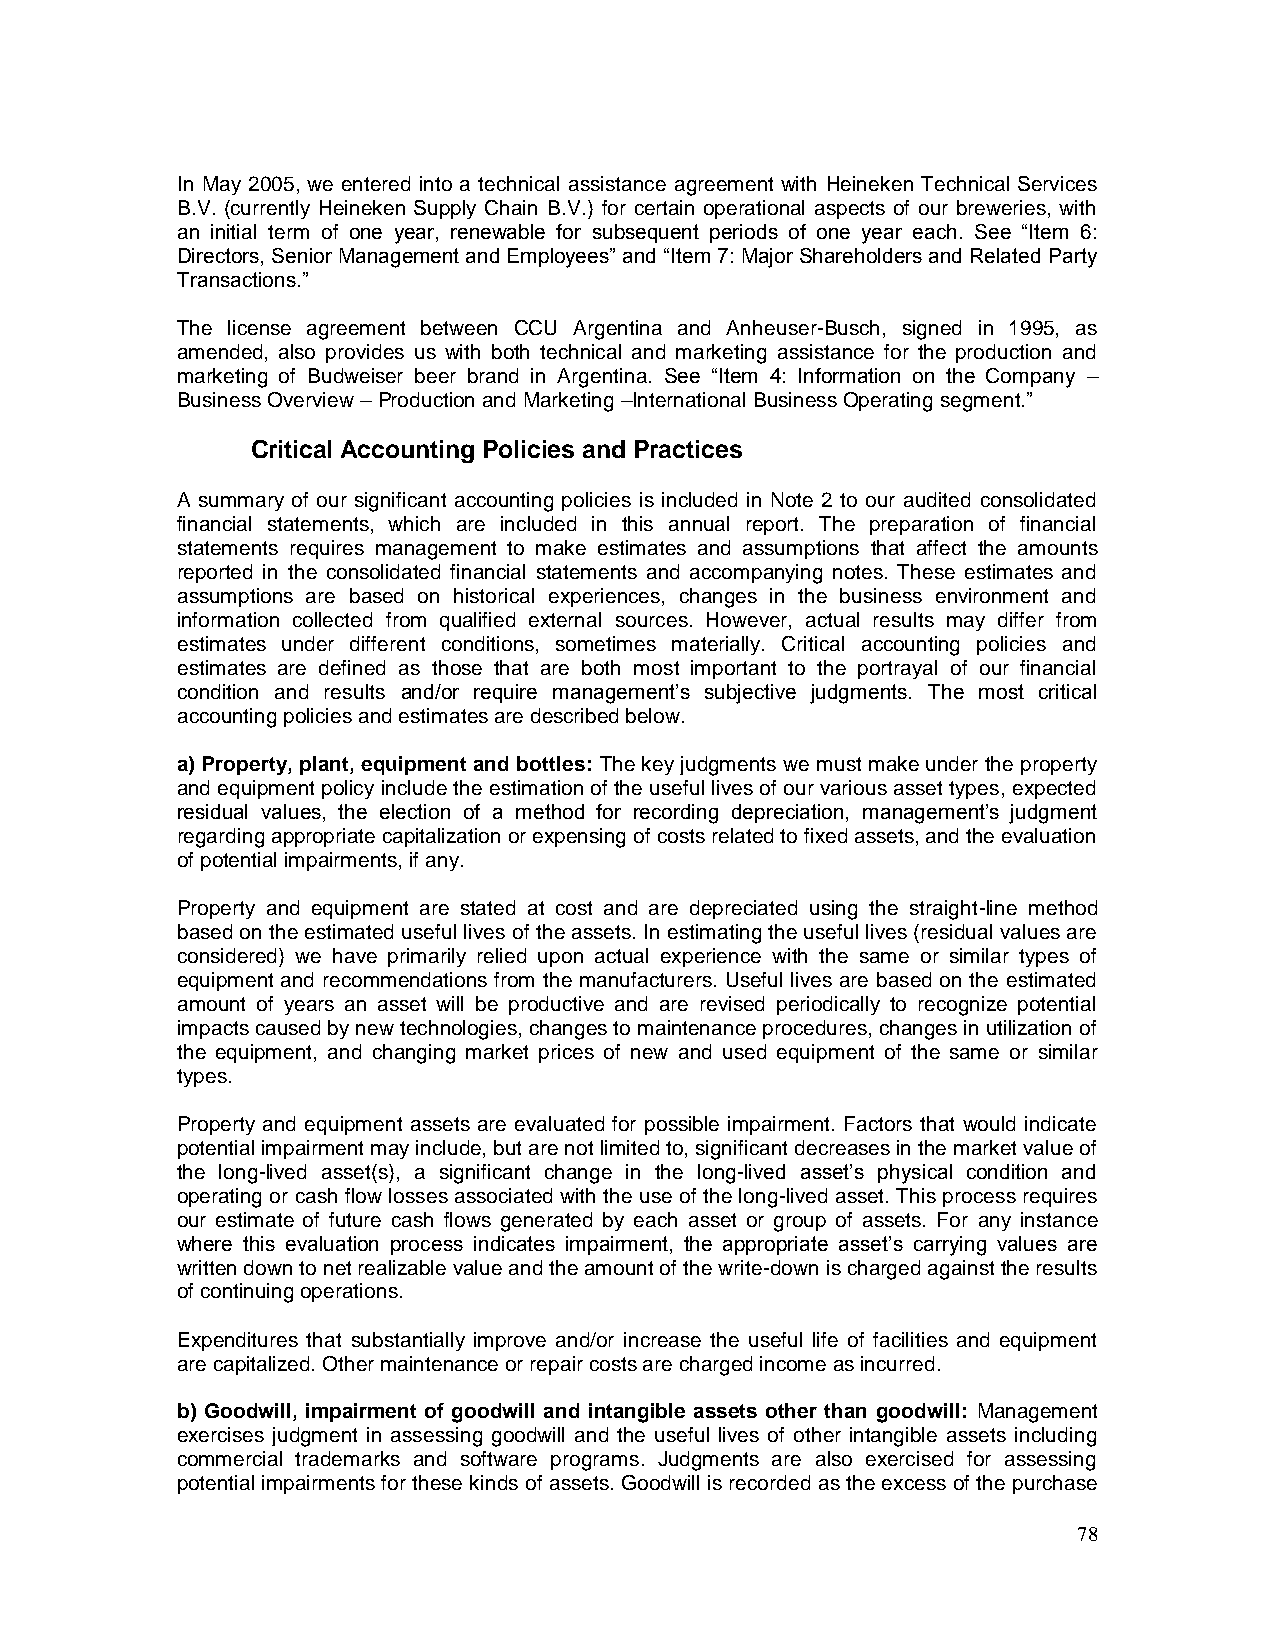
In May 2005, we entered into a technical assistance agreement with Heineken Technical Services
 B.V. (currently Heineken Supply Chain B.V.) for certain operational aspects of our breweries, with
 an initial term of one year, renewable for subsequent periods of one year each. See “Item 6:
 Directors, Senior Management and Employees” and “Item 7: Major Shareholders and Related Party
 Transactions.”
 The license agreement between CCU Argentina and Anheuser-Busch, signed in 1995, as
 amended, also provides us with both technical and marketing assistance for the production and
 marketing of Budweiser beer brand in Argentina. See “Item 4: Information on the Company –
 Business Overview – Production and Marketing –International Business Operating segment.”
 Critical Accounting Policies and Practices
 A summary of our significant accounting policies is included in Note 2 to our audited consolidated
 financial statements, which are included in this annual report. The preparation of financial
 statements requires management to make estimates and assumptions that affect the amounts
 reported in the consolidated financial statements and accompanying notes. These estimates and
 assumptions are based on historical experiences, changes in the business environment and
 information collected from qualified external sources. However, actual results may differ from
 estimates under different conditions, sometimes materially. Critical accounting policies and
 estimates are defined as those that are both most important to the portrayal of our financial
 condition and results and/or require management’s subjective judgments. The most critical
 accounting policies and estimates are described below.
 a) Property, plant, equipment and bottles: The key judgments we must make under the property
 and equipment policy include the estimation of the useful lives of our various asset types, expected
 residual values, the election of a method for recording depreciation, management’s judgment
 regarding appropriate capitalization or expensing of costs related to fixed assets, and the evaluation
 of potential impairments, if any.
 Property and equipment are stated at cost and are depreciated using the straight-line method
 based on the estimated useful lives of the assets. In estimating the useful lives (residual values are
 considered) we have primarily relied upon actual experience with the same or similar types of
 equipment and recommendations from the manufacturers. Useful lives are based on the estimated
 amount of years an asset will be productive and are revised periodically to recognize potential
 impacts caused by new technologies, changes to maintenance procedures, changes in utilization of
 the equipment, and changing market prices of new and used equipment of the same or similar
 types.
 Property and equipment assets are evaluated for possible impairment. Factors that would indicate
 potential impairment may include, but are not limited to, significant decreases in the market value of
 the long-lived asset(s), a significant change in the long-lived asset’s physical condition and
 operating or cash flow losses associated with the use of the long-lived asset. This process requires
 our estimate of future cash flows generated by each asset or group of assets. For any instance
 where this evaluation process indicates impairment, the appropriate asset’s carrying values are
 written down to net realizable value and the amount of the write-down is charged against the results
 of continuing operations.
 Expenditures that substantially improve and/or increase the useful life of facilities and equipment
 are capitalized. Other maintenance or repair costs are charged income as incurred.
 b) Goodwill, impairment of goodwill and intangible assets other than goodwill: Management
 exercises judgment in assessing goodwill and the useful lives of other intangible assets including
 commercial trademarks and software programs. Judgments are also exercised for assessing
 potential impairments for these kinds of assets. Goodwill is recorded as the excess of the purchase
 78